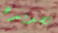
تحديده